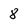
Character: 8